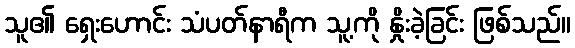
သူ၏ ရှေးဟောင်း သံပတ်နာရီက သူ့ကို နှိုးခဲ့ခြင်း ဖြစ်သည်။